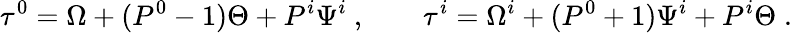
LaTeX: \tau^{0}=\Omega+(P^{0}-1)\Theta+P^{i}\Psi^{i}~,\qquad\tau^{i}=\Omega^{i}+(P^{0}+1)\Psi^{i}+P^{i}\Theta\; .